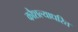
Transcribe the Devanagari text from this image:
कौशल्याधरित